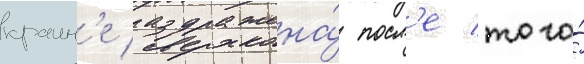
краин'е раздражена́ посл'е того́